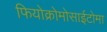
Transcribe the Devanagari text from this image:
फियोक्रोमोसाईटोमा